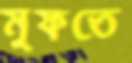
মুফতে